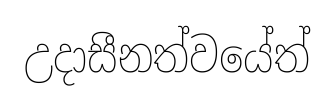
උදාසීනත්වයේත්